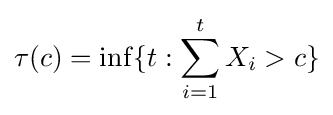
\tau (c)=\inf\{t:\sum \limits _{i=1}^{t}X_{i}>c\}